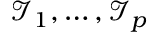
\mathcal { I } _ { 1 } , \ldots , \mathcal { I } _ { p }